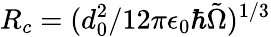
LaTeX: R_{c}=(d_{0}^{2}/12\pi\epsilon_{0}\hbar\tilde{\Omega})^{1/3}